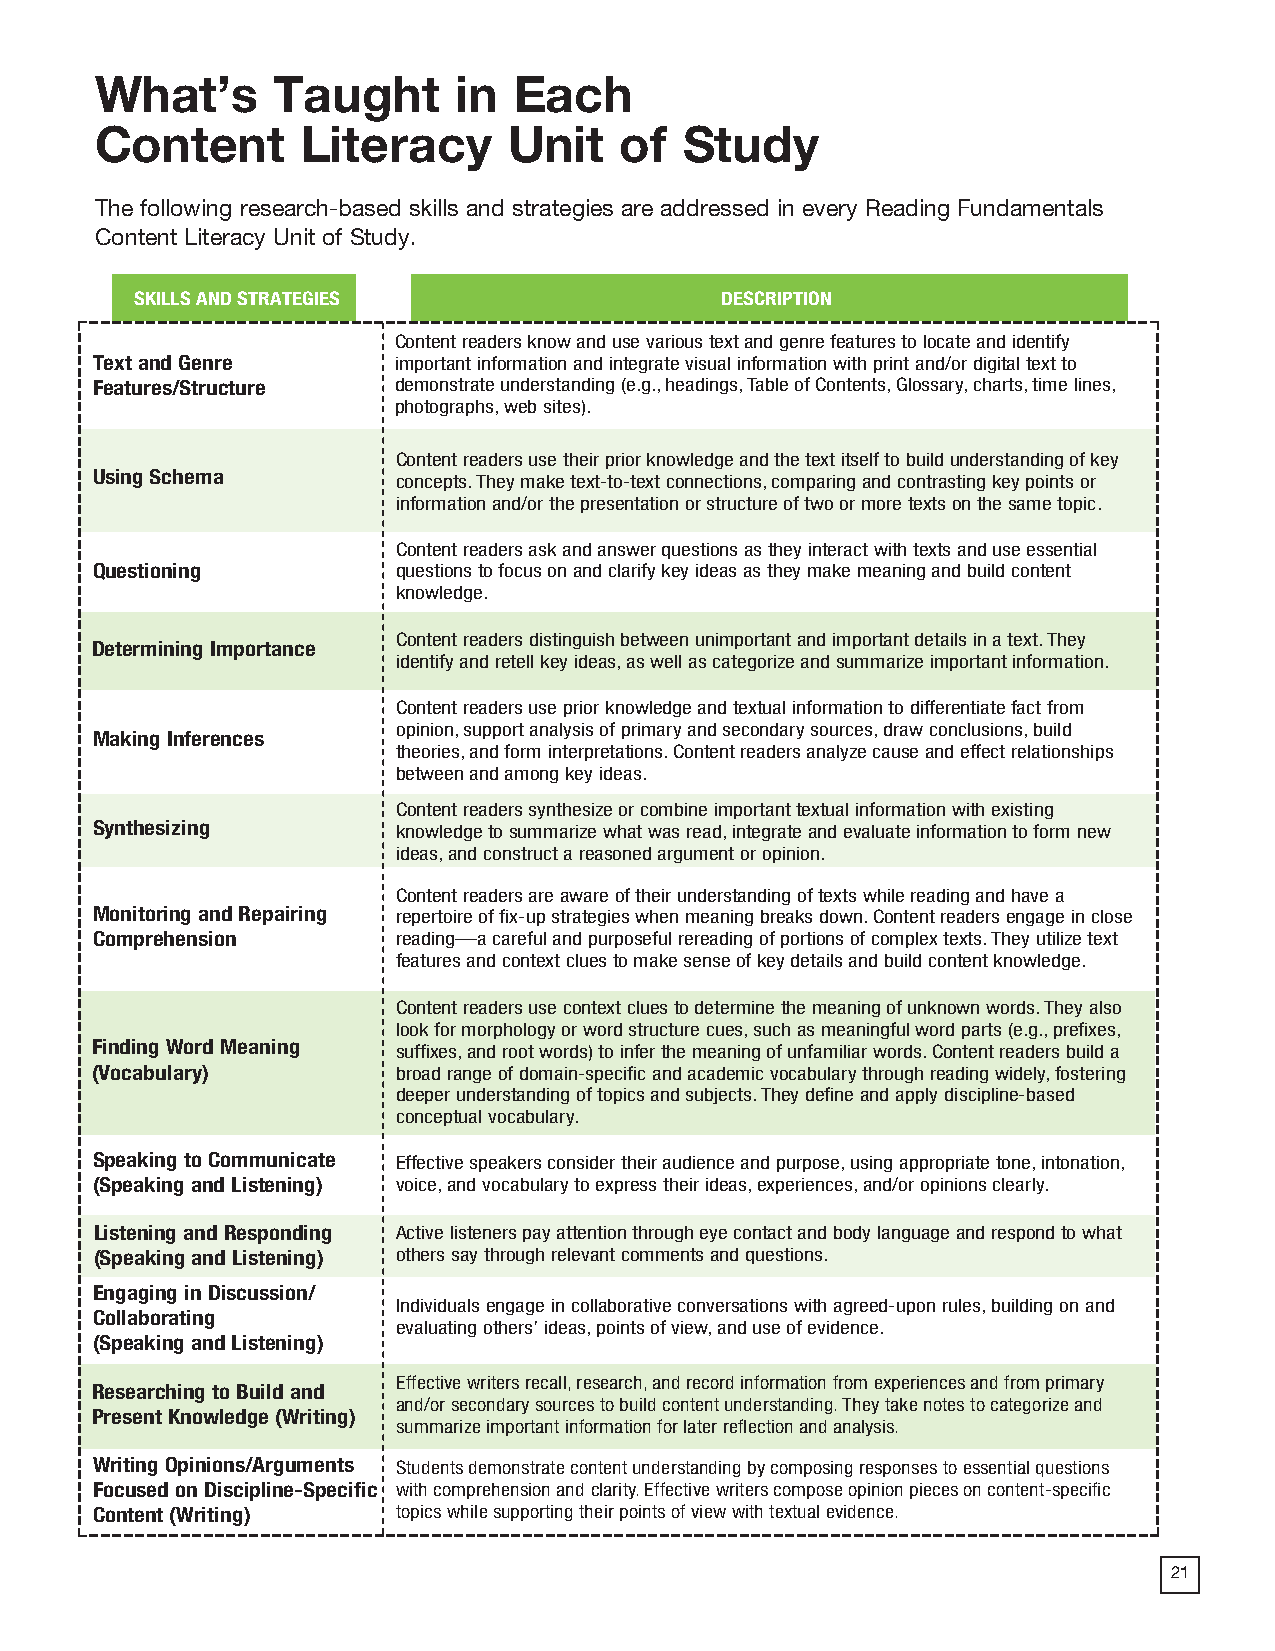
2018 ProdSamp_Layout 1 7/28/17 12:08 PM Page 75
 What’s      Taught      in  Each
 Content       Literacy      Unit   of  Study
 The following research-based skills and strategies are addressed in every Reading Fundamentals
 Content Literacy Unit of Study.
 SKILLS AND STRATEGIES                  DESCRIPTION
 Content readers know and use various text and genre features to locate and identify
 Text and Genre      important information and integrate visual information with print and/or digital text to
 Features/Structure  demonstrate understanding (e.g., headings, Table of Contents, Glossary, charts, time lines,
 photographs, web sites).
 Content readers use their prior knowledge and the text itself to build understanding of key
 Using Schema        concepts. They make text-to-text connections, comparing and contrasting key points or
 information and/or the presentation or structure of two or more texts on the same topic.
 Content readers ask and answer questions as they interact with texts and use essential
 Questioning         questions to focus on and clarify key ideas as they make meaning and build content
 knowledge.
 Content readers distinguish between unimportant and important details in a text. They
 Determining Importance
 identify and retell key ideas, as well as categorize and summarize important information.
 Content readers use prior knowledge and textual information to differentiate fact from
 opinion, support analysis of primary and secondary sources, draw conclusions, build
 Making Inferences
 theories, and form interpretations. Content readers analyze cause and effect relationships
 between and among key ideas.
 Content readers synthesize or combine important textual information with existing
 Synthesizing        knowledge to summarize what was read, integrate and evaluate information to form new
 ideas, and construct a reasoned argument or opinion.
 Content readers are aware of their understanding of texts while reading and have a
 Monitoring and Repairing repertoire of fix-up strategies when meaning breaks down. Content readers engage in close
 Comprehension       reading—a careful and purposeful rereading of portions of complex texts. They utilize text
 features and context clues to make sense of key details and build content knowledge.
 Content readers use context clues to determine the meaning of unknown words. They also
 look for morphology or word structure cues, such as meaningful word parts (e.g., prefixes,
 Finding Word Meaning suffixes, and root words) to infer the meaning of unfamiliar words. Content readers build a
 (Vocabulary)        broad range of domain-specific and academic vocabulary through reading widely, fostering
 deeper understanding of topics and subjects. They define and apply discipline-based
 conceptual vocabulary.
 Speaking to Communicate Effective speakers consider their audience and purpose, using appropriate tone, intonation,
 (Speaking and Listening) voice, and vocabulary to express their ideas, experiences, and/or opinions clearly.
 Listening and Responding Active listeners pay attention through eye contact and body language and respond to what
 (Speaking and Listening) others say through relevant comments and questions.
 Engaging in Discussion/
 Individuals engage in collaborative conversations with agreed-upon rules, building on and
 Collaborating
 evaluating others’ ideas, points of view, and use of evidence.
 (Speaking and Listening)
 Effective writers recall, research, and record information from experiences and from primary
 Researching to Build and
 and/or secondary sources to build content understanding. They take notes to categorize and
 Present Knowledge (Writing)
 summarize important information for later reflection and analysis.
 Writing Opinions/Arguments Students demonstrate content understanding by composing responses to essential questions
 Focused on Discipline-Specific with comprehension and clarity. Effective writers compose opinion pieces on content-specific
 Content (Writing)   topics while supporting their points of view with textual evidence.
 60                                                                        21